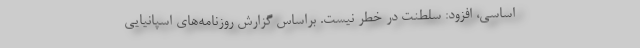
اساسی، افزود: سلطنت در خطر نیست. براساس گزارش روزنامه‌های اسپانیایی